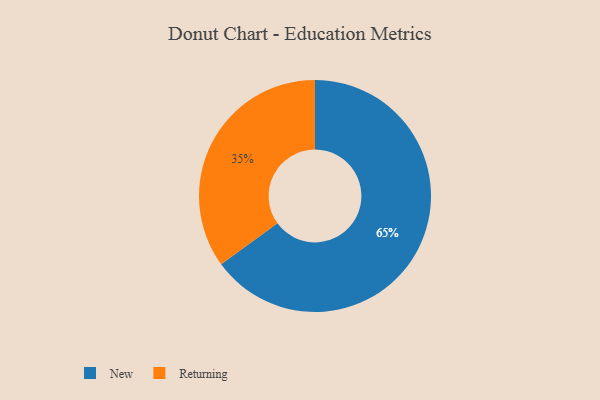
{"axis": {"x": "Category", "y": "Percentage"}, "legend": ["New", "Returning"], "data": [{"x": "New", "y": 65, "type": "New"}, {"x": "Returning", "y": 35, "type": "Returning"}]}